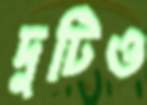
দুটিও